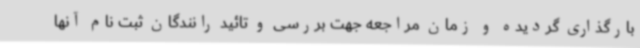
بارگذاری گردیده و زمان مراجعه جهت بررسی و تائید رانندگان ثبت نام آنها